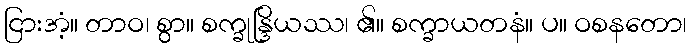
ငြားအံ့။ တာဝ၊ စွာ။ စက္ခုန္ဒြိယဿ၊ ၏။ စက္ခာယတနံ။ ပ။ ဝစနတော၊